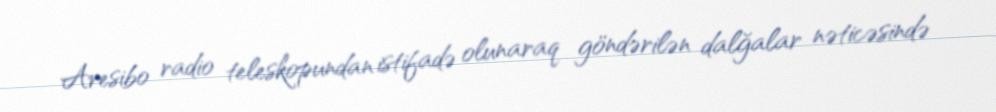
Aresibo radio teleskopundan istifadə olunaraq göndərilən dalğalar nəticəsində